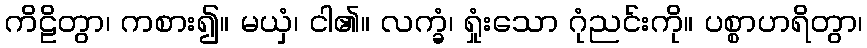
ကိဠိတွာ၊ ကစား၍။ မယှံ၊ ငါ၏။ လက္ခံ၊ ရှုံးသော ဂုံညင်းကို။ ပစ္စာဟရိတွာ၊